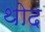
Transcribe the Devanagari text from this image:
थोद